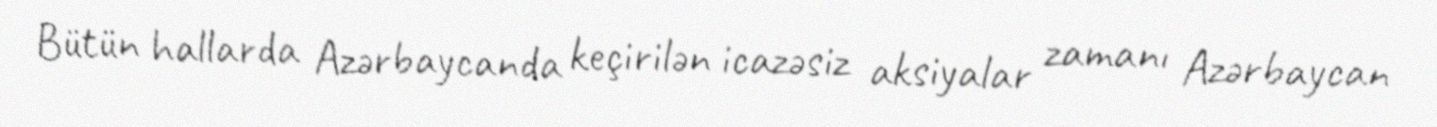
Bütün hallarda Azərbaycanda keçirilən icazəsiz aksiyalar zamanı Azərbaycan